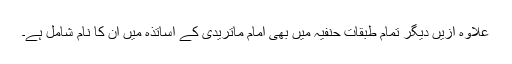
علاوہ ازیں دیگر تمام طبقاتِ حنفیہ میں بھی امام ماتریدیؒ کے اساتذہ میں ان کا نام شامل ہے۔